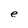
Character: e